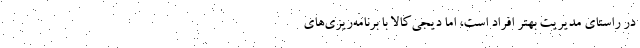
در راستای مدیریت بهتر افراد است، اما دیجی‌کالا با برنامه‌ریزی‌های